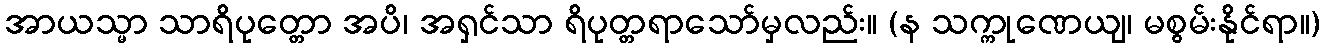
အာယသ္မာ သာရိပုတ္တော အပိ၊ အရှင်သာ ရိပုတ္တရာသော်မှလည်း။ (န သက္ကုဏေယျ၊ မစွမ်းနိုင်ရာ။)